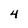
Character: 4